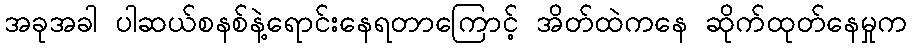
အခုအခါ ပါဆယ်စနစ်နဲ့ရောင်းနေရတာကြောင့် အိတ်ထဲကနေ ဆိုက်ထုတ်နေမှုက